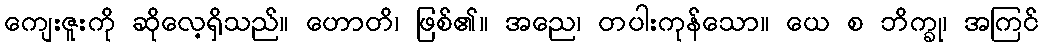
ကျေးဇူးကို ဆိုလေ့ရှိသည်။ ဟောတိ၊ ဖြစ်၏။ အညေ၊ တပါးကုန်သော။ ယေ စ ဘိက္ခု၊ အကြင်